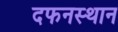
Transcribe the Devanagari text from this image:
दफनस्थान